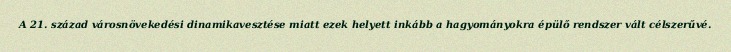
A 21. század városnövekedési dinamikavesztése miatt ezek helyett inkább a hagyományokra épülő rendszer vált célszerűvé.